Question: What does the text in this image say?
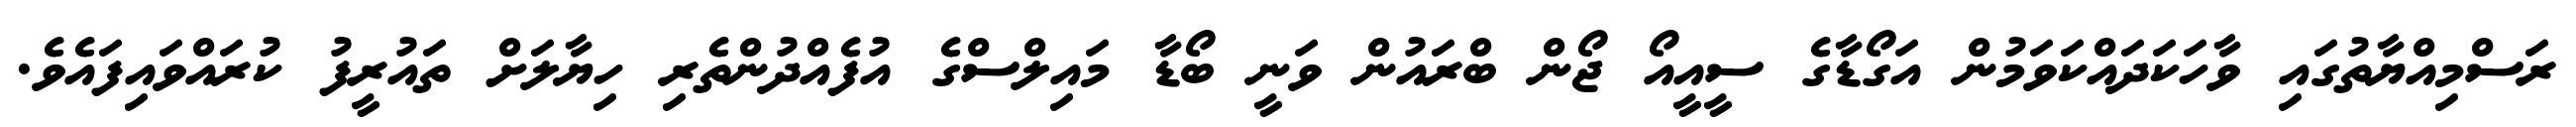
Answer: ރަސްމިއްޔާތުގައި ވާހަކަދައްކަވަމުން އަގޯޑާގެ ސީއީއޯ ޖޯން ބްރައުން ވަނީ ބޯޑާ މައިލްސްގެ އުފެއްދުންތެރި ހިޔާލަށް ތައުރީފު ކުރައްވައިފައެވެ.